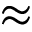
\approx